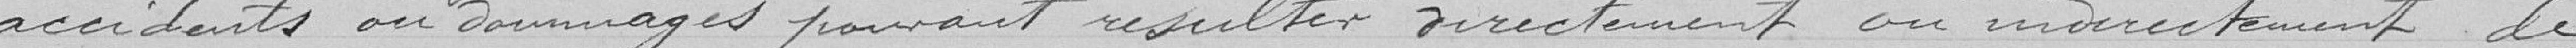
accidents ou dommages résultés directement ou indirectement de